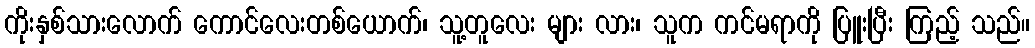
ကိုးနှစ်သားလောက် ကောင်လေးတစ်ယောက်၊ သူ့တူလေး များ လား၊ သူက ကင်မရာကို ပြူးပြီး ကြည့် သည်။